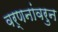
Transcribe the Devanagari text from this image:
वर्णनांवरुन